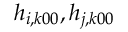
h _ { i , k 0 0 } , h _ { j , k 0 0 }